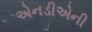
એનડીએની